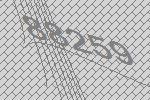
88259